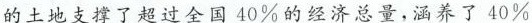
的土地支撑了超过全国40%的经济总量，涵养了40%